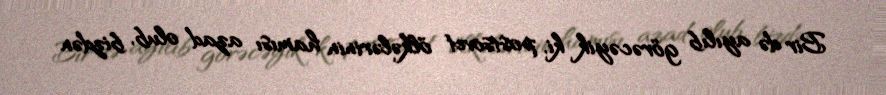
Bir də ayılıb görəcəyik ki, postsovet ölkələrinin hamısı azad olub, bizdən